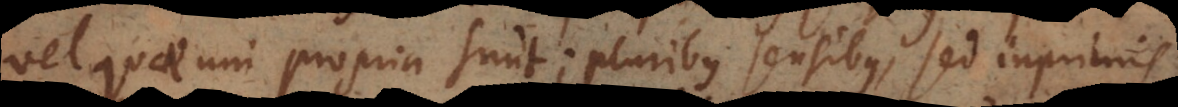
vel quae uni propria sunt; pluribus sensibus, sed imprimis